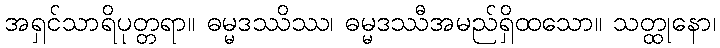
အရှင်သာရိပုတ္တရာ။ ဓမ္မဒဿိဿ၊ ဓမ္မဒဿီအမည်ရှိထသော။ သတ္ထုနော၊